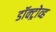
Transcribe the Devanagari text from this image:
डॉक्ट्रोव्ह